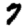
Digit: 7